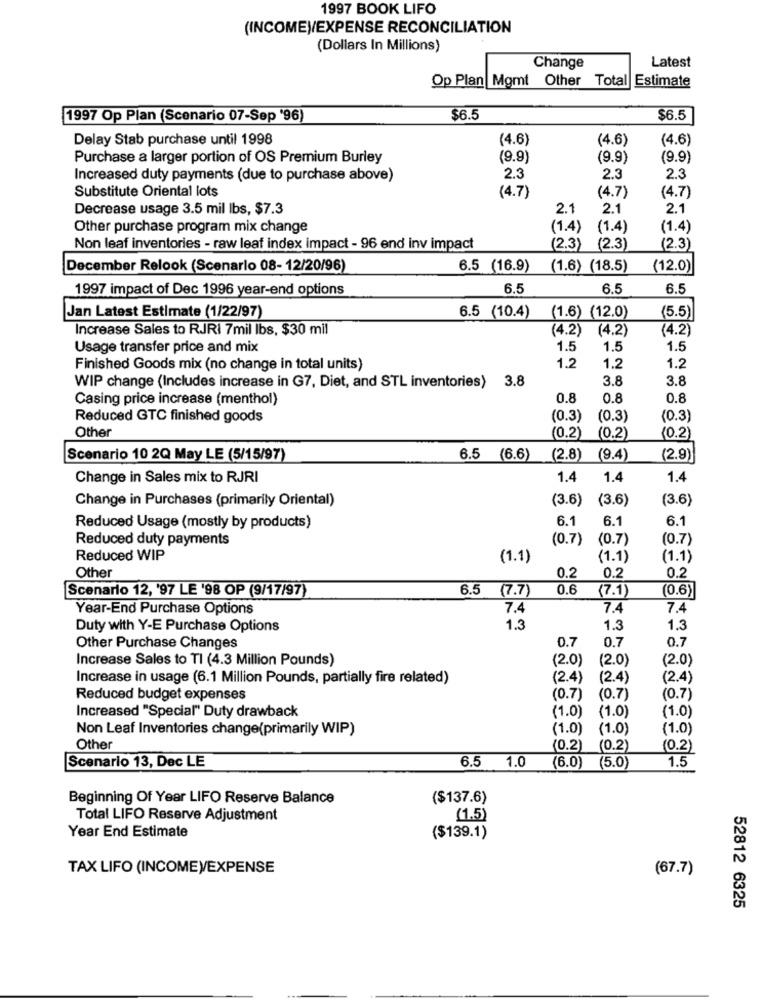
1997 BOOK LIFO
(INCOME)/EXPENSE RECONCILIATION
(Dollars In Millions)
Latest
Change
Op Plan Mgmt Other Total Estimate
1997 Op Plan (Scenario 07-Sep '96)
$6.5
$6.5
Delay Stab purchase until 1998
(4.6)
(4.6)
(4.6)
Purchase a larger portion of OS Premium Burley
(9.9)
(9.9)
(9.9)
Increased duty payments (due to purchase above)
2.3
2.3
2.3
Substitute Oriental lots
(4.7)
(4.7)
(4.7)
Decrease usage 3.5 mil lbs, $7.3
2.1
2.1
2.1
Other purchase program mix change
(1.4)
(1.4)
(1.4)
Non leaf inventories - raw leaf index impact - 96 end inv impact
(2.3) (2.3)
(2.3)
December Relook (Scenario 08- 12/20/96)
6.5 (16.9)
(1.6) (18.5)
(12.0)
1997 impact of Dec 1996 year-end options
6.5
6.5
6.5
Jan Latest Estimate (1/22/97)
6.5 (10.4)
(1.6) (12.0)
(5.5)
Increase Sales to RJRI 7mil Ibs, $30 mil
(4.2)
(4.2)
(4.2)
Usage transfer price and mix
1.5
1.5
1.5
Finished Goods mix (no change in total units)
1.2
1.2
1.2
3.8
3.8
WIP change (Includes increase in G7, Diet, and STL inventories) 3.8
Casing price increase (menthol)
0.8
0.8
0.8
Reduced GTC finished goods
(0.3)
(0.3)
(0.3)
Other
(0.2)
(0.2)
(0.2)
Scenario 10 2Q May LE (5/15/97)
6.5 (6.6)
(2.8) (9.4)
(2.9)|
Change in Sales mix to RJRI
1.4
1.4
1.4
Change in Purchases (primarily Oriental)
(3.6)
(3.6)
(3.6)
6.1
6.1
6.1
Reduced Usage (mostly by products)
Reduced duty payments
(0.7)
(0.7)
(0.7)
Reduced WIP
(1.1)
(1.1)
(1.1)
Other
0.2
0.2
0.2
Scenario 12, '97 LE '98 OP (9/17/97)
6.5 (7.7)
0.6
(7.1)
(0.6)
Year-End Purchase Options
7.4
7.4
7.4
Duty with Y-E Purchase Options
1.3
1.3
1.3
0.7
0.7
0.7
Other Purchase Changes
Increase Sales to TI (4.3 Million Pounds)
(2.0)
(2.0)
(2.0)
Increase in usage (6.1 Million Pounds, partially fire related)
(2.4)
(2.4)
(2.4)
Reduced budget expenses
(0.7) (0.7)
(0.7)
Increased "Special" Duty drawback
(1.0)
(1.0)
(1.0)
Non Leaf Inventories change(primarily WIP)
(1.0)
(1.0)
(1.0)
Other
(0.2)
(0.2)
(0.2)
1.5
Scenario 13, Dec LE
6.5 1.0 (6.0) (5.0)
Beginning Of Year LIFO Reserve Balance
($137.6)
Total LIFO Reserve Adjustment
(1.5)
Year End Estimate
($139.1)
TAX LIFO (INCOME)EXPENSE
(67.7)
52812 6325